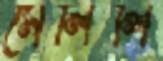
মেলিলি